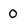
Character: 0